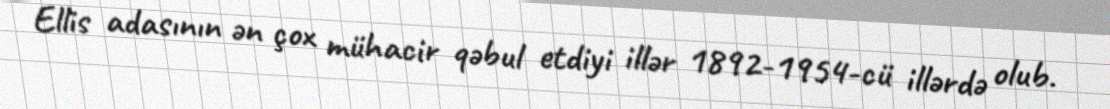
Ellis adasının ən çox mühacir qəbul etdiyi illər 1892-1954-cü illərdə olub.